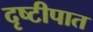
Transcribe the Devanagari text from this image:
दृष्टीपात